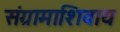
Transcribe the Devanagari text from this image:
संग्रामाशिवाय